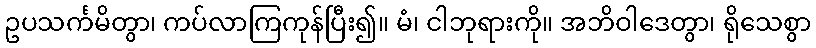
ဥပသင်္ကမိတွာ၊ ကပ်လာကြကုန်ပြီး၍။ မံ၊ ငါဘုရားကို။ အဘိဝါဒေတွာ၊ ရိုသေစွာ